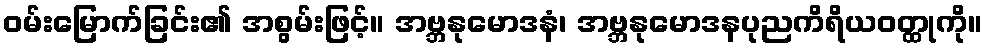
ဝမ်းမြောက်ခြင်း၏ အစွမ်းဖြင့်။ အဗ္ဘနုမောဒနံ၊ အဗ္ဘနုမောဒနပုညကိရိယဝတ္ထုကို။